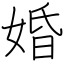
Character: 婚